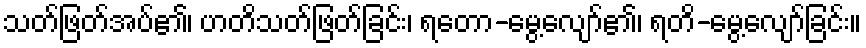
သတ်ဖြတ်အပ်၏၊ ဟတိသတ်ဖြတ်ခြင်း၊ ရတော-မွေ့လျော်၏၊ ရတိ-မွေ့လျော်ခြင်း။